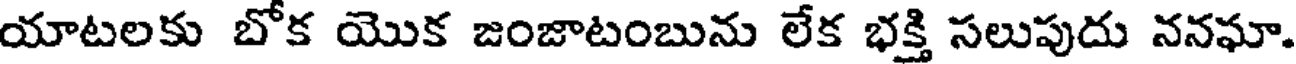
యాటలకు బోక యొక జంజాటంబును లేక భక్తి సలుపుదు ననఘా.